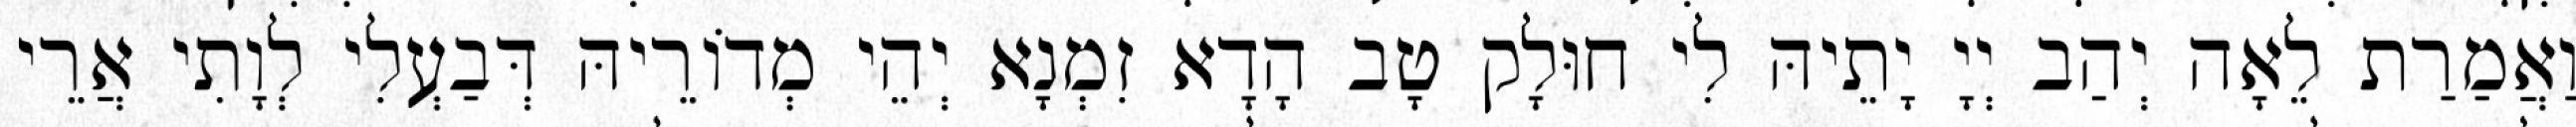
וַאֲמַרַת לֵאָה יְהַב יְיָ יָתֵיהּ לִי חוּלָק טָב הָדָא זִמְנָא יְהֵי מְדוֹרֵיהּ דְּבַעְלִי לְוָתִי אֲרֵי